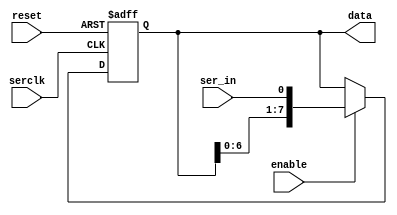
`timescale 1ns / 1ps
`ifndef SHIFTREG_IN_V
`define SHIFTREG_IN_V 1
//////////////////////////////////////////////////////////////////////////////////
// Company: 
// Engineer: 
// 
// Design Name: 
// Module Name:    shiftreg_in 
// Project Name: 
// Target Devices: 
// Tool versions: 
// Description: 
//
// Dependencies: 
//
// Revision: 
// Revision 0.01 - File Created
// Additional Comments: 
//
// Read incoming serial data. The expectation is that this is driven by
// the serial write (which holds all the state information for how far we've
// got in the byte etc)
//
//////////////////////////////////////////////////////////////////////////////////
module shiftreg_in(
    input reset,
    output [7:0] data,
			input serclk,
         input ser_in,
         input enable                   // active high
    );
         
         reg [7:0] shiftreg;
         assign data = shiftreg;
         wire inv_serclk;
         assign inv_serclk=!serclk;

         initial begin
                 shiftreg = 0;
         end
         
        always @(posedge inv_serclk or posedge reset)
        begin
                if(reset)
                        shiftreg <= 0;
                else if(enable)
                        shiftreg <= { shiftreg[6:0], ser_in };
        end

endmodule
`endif